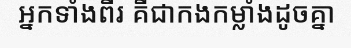
អ្នកទាំងពីរ គឺជាកងកម្លាំងដូចគ្នា